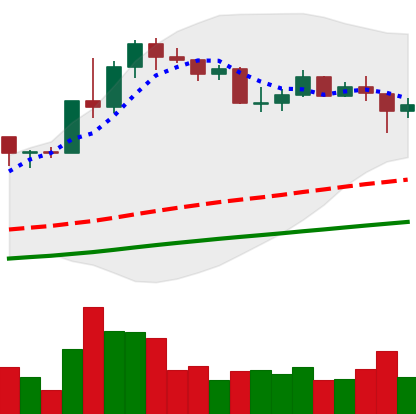
Ticker: LINK-USD
Chart end date: 2020-07-28
Forward return: 14.513%
Label: up_7plus